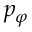
p _ { \varphi }